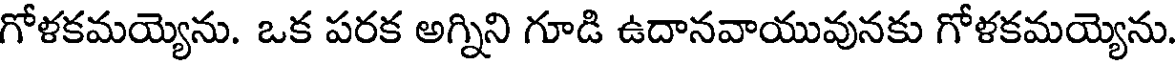
గోళకమయ్యెను. ఒక పరక అగ్నిని గూడి ఉదానవాయువునకు గోళకమయ్యెను.